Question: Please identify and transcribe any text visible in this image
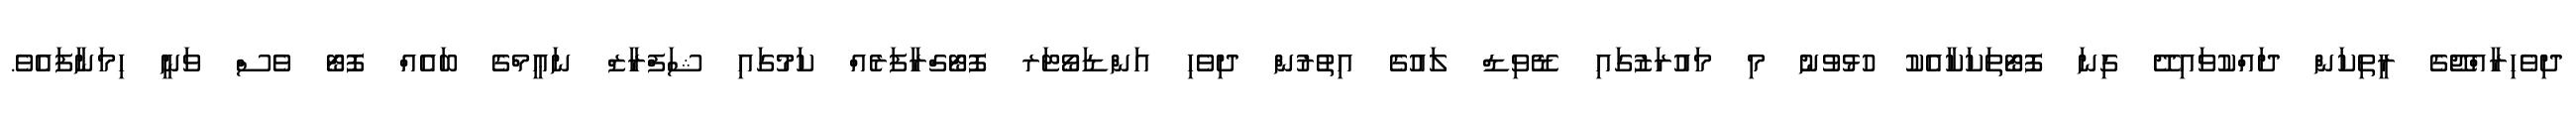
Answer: ދިވެހިރާއްޖޭގެ ރީތިކަން ދައްކުވައިދޭ ގިނަ ފޮޓޯތަކަކާއެކު ހުޅުވުނު މި މައުރަޒުގައި ޑޭވިޑް ލައުގެ އިތުރުން ދިވެހި އަންޑަވޯޓަރ ފޮޓޯގްރާފަރެއް ކަމުގައި ޝަފްރާޒް ނަޢީމްގެ ބައެއް ފޮޓޯ ވެސް ވަނީ ހިމަނާފައެވެ.